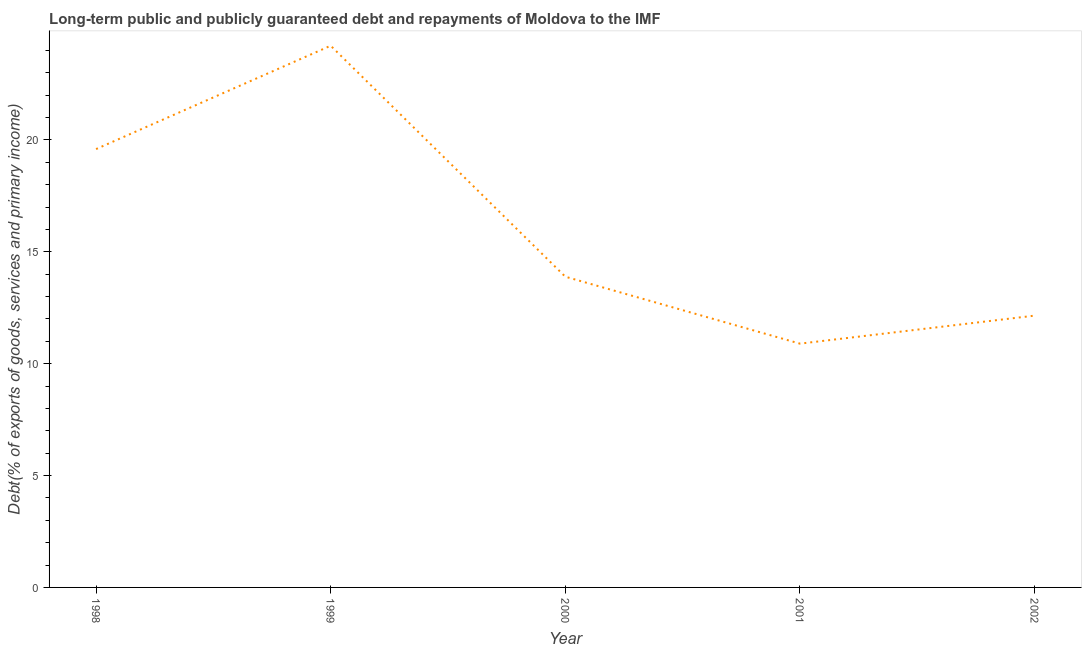
| Year | Debt service (PPG and IMF only) |
 | --- | --- |
 | 1998 | 19.6 |
 | 1999 | 24.2 |
 | 2000 | 13.9 |
 | 2001 | 10.9 |
 | 2002 | 12.1 |